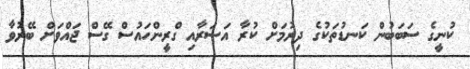
ކުނީގެ ސަބަބުން ކަނޑުތަކުގެ ދިރުމަށް ކުރާ އަސަރާއި ގްރީންހައުސް ގޭސް ޖައްވަށް ބޭރުވާ